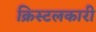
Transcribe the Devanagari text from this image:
क्रिस्टलकारी